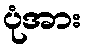
ပုံအား